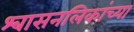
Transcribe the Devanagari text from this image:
श्‍वासनलिकांच्या